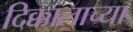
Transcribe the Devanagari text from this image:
दिक्कालाच्या